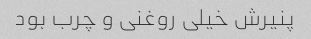
پنیرش خیلی روغنی و چرب بود